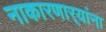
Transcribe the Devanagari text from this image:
नाकारणार्‍यांना